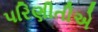
પરિણીતીએ